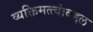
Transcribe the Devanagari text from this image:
व्यक्तिमत्त्वांबद्दल